Indian journal of veterinary science and animal husbandry - Volumes 18-21, 1948-1951
Year: 1948
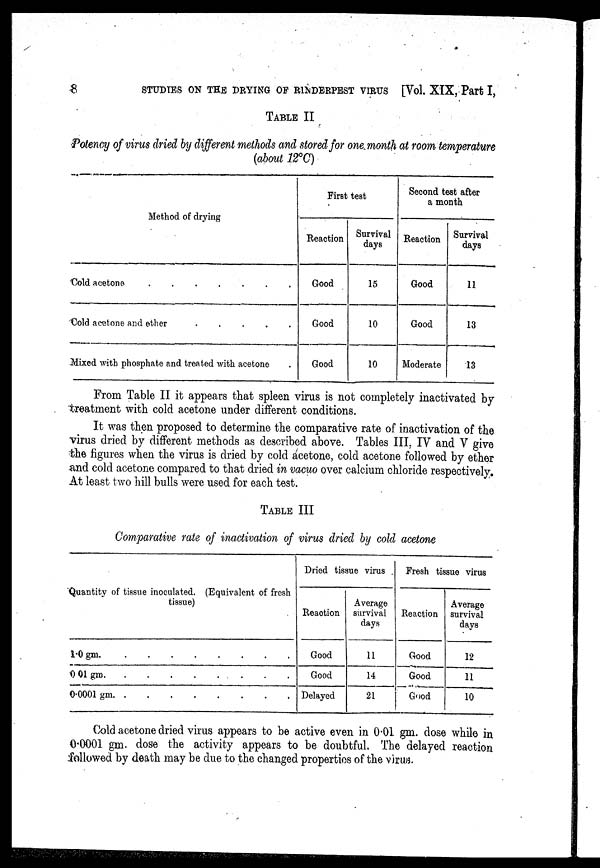
8
STUDIES ON THE DRYING OF RINDERPEST VIRUS [Vol. XIX, Part I,
TABLE II
Potency of virus dried by different methods and stored for one month at room temperature
(about 12°C)
Method of drying
Cold acetone
.
.
.
.
.
Cold acetone and ether
.
.
.
.
.
Mixed with phosphate and treated with acetone .
First test
Reaction
Good
Good
Good
Survival
days
15
10
10
Second test after
a month
Reaction
Good
Good
Moderate
Survival
days
11
13
13
From Table II it appears that spleen virus is not completely inactivated by
treatment with cold acetone under different conditions.
It was then proposed to determine the comparative rate of inactivation of the
virus dried by different methods as described above. Tables III, IV and V give
the figures when the virus is dried by cold acetone, cold acetone followed by ether
and cold acetone compared to that dried in vacuo over calcium chloride respectively.
At least two hill bulls were used for each test.
TABLE III
Comparative rate of inactivation of virus dried by cold acetone
Quantity of tissue inoculated. (Equivalent of fresh
tissue)
1.0 gm
.
.
.
.
.
.
.
.
0 01
gm
.
.
.
.
.
.
.
.
0.0001 gm . . . . . . . .
Dried tissue virus
Reaction
Good
Good
Delayed
Average
survival
days
11
14
21
Fresh tissue virus
Reaction
Good
Good
Good
Average
survival
days
12
11
10
Cold acetone dried virus appears to be active even in 0.01 gm. dose while in
0.0001 gm. dose the activity appears to be doubtful. The delayed reaction
followed by death may be due to the changed properties of the virus.